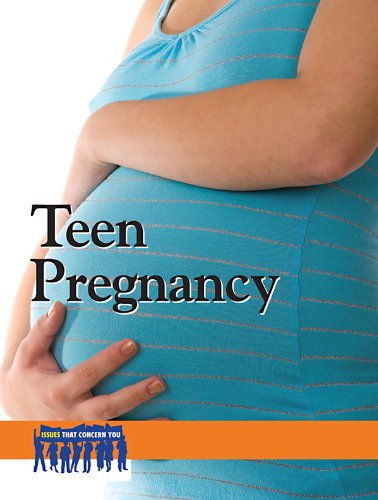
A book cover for Teen Pregnancy (Issues That Concern You); Heidi Williams; Teen & Young Adult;